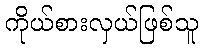
ကိုယ်စားလှယ်ဖြစ်သူ